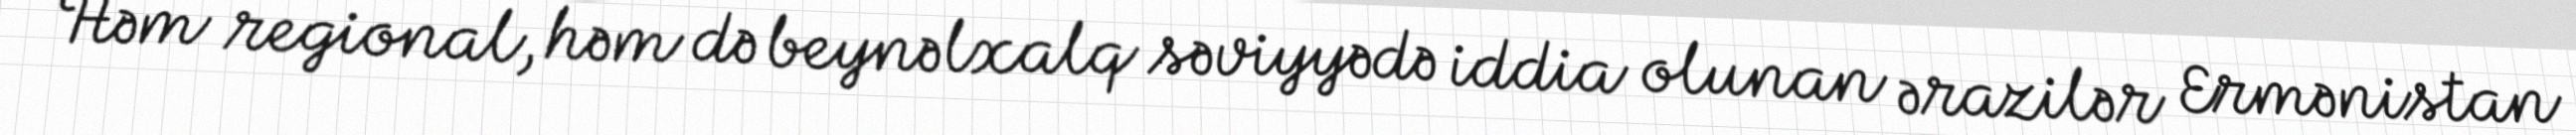
Həm regional, həm də beynəlxalq səviyyədə iddia olunan ərazilər Ermənistan